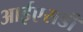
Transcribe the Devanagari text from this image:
आईएसडी